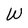
Character: W